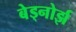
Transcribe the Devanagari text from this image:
बेड्नोर्झ